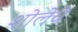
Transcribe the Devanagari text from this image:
शोलेचे